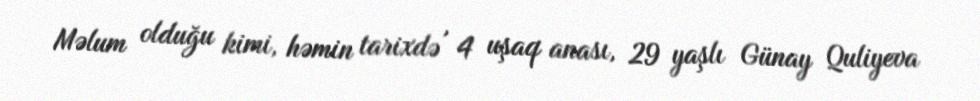
Məlum olduğu kimi, həmin tarixdə , 4 uşaq anası, 29 yaşlı Günay Quliyeva